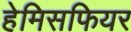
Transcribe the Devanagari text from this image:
हेमिसफियर